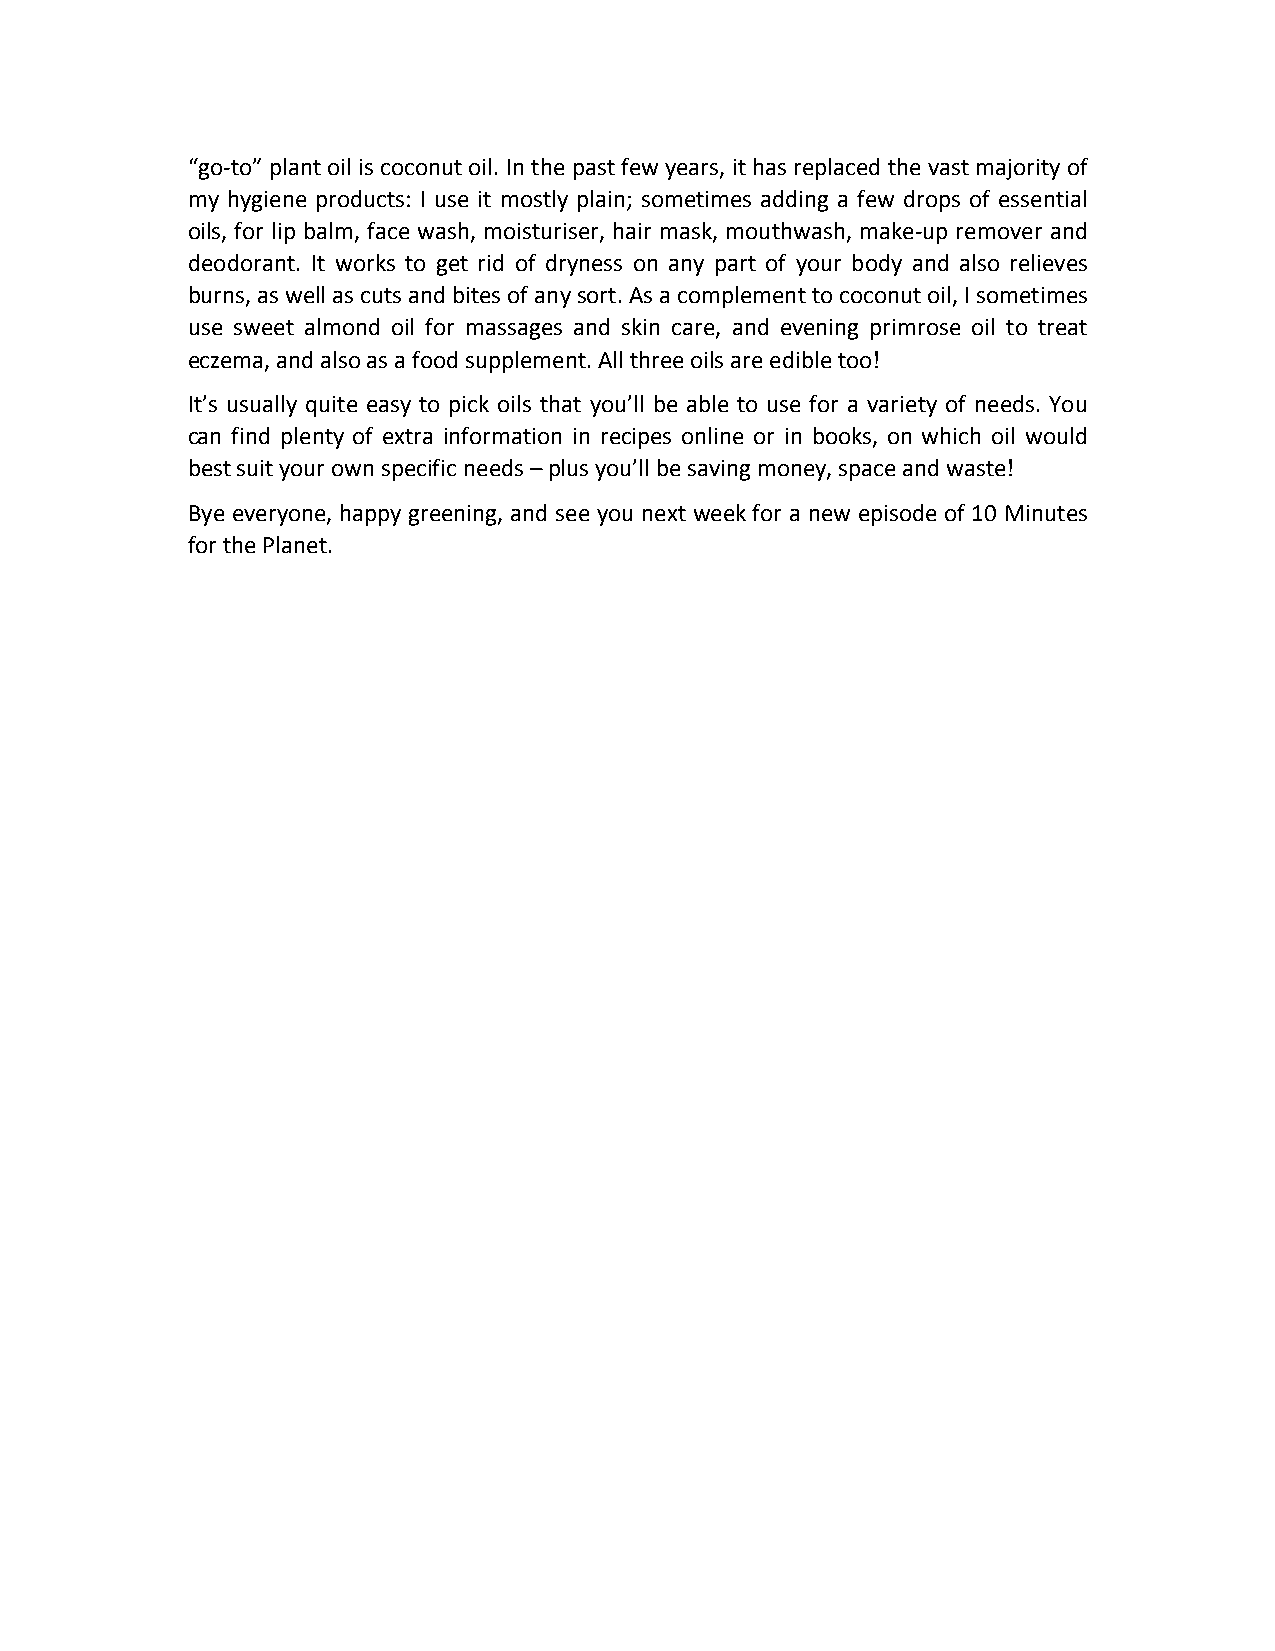
“go-­‐to” plant oil is coconut oil. In the past few years, it has replaced the vast majority of
 my hygiene products: I use it mostly plain; sometimes adding a few drops of essential
 oils, for lip balm, face wash, moisturiser, hair mask, mouthwash, make-­‐up remover and
 deodorant. It works to get rid of dryness on any part of your body and also relieves
 burns, as well as cuts and bites of any sort. As a complement to coconut oil, I sometimes
 use sweet almond oil for massages and skin care, and evening primrose oil to treat
 eczema, and also as a food supplement. All three oils are edible too!
 It’s usually quite easy to pick oils that you’ll be able to use for a variety of needs. You
 can find plenty of extra information in recipes online or in books, on which oil would
 best suit your own specific needs – plus you’ll be saving money, space and waste!
 Bye everyone, happy greening, and see you next week for a new episode of 10 Minutes
 for the Planet.